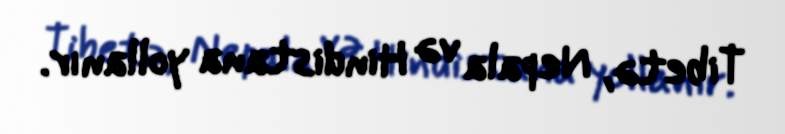
Tibetə, Nepala və Hindistana yollanır.